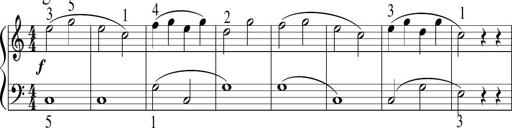
Title: 6 Instructive Sonatinas
Composer: Jacob Schmitt